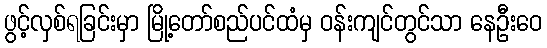
ဖွင့်လှစ်ရခြင်းမှာ မြို့တော်စည်ပင်ထံမှ ဝန်းကျင်တွင်သာ နေဦးဝေ